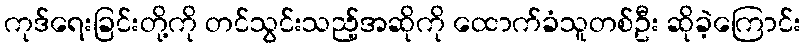
ကုဒ်ရေးခြင်းတို့ကို တင်သွင်းသည့်အဆိုကို ထောက်ခံသူတစ်ဦး ဆိုခဲ့ကြောင်း